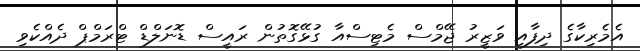
އެމެރިކާގެ ދިފާއީ ވަޒީރު ޖޭމްސް މެޓިސްއާ ގުޅޭގޮތުން ރައީސް ޑޮނަލްޑް ޓްރަމްޕް ދެއްކެވި